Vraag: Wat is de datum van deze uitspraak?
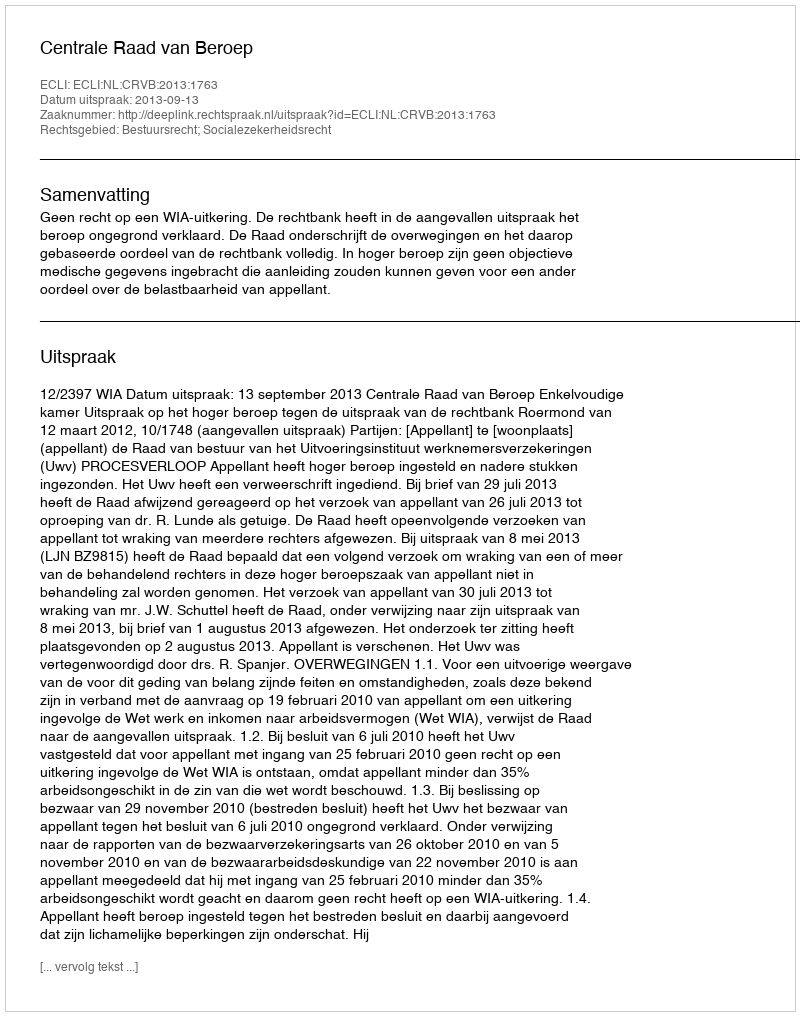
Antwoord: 2013-09-13